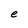
Character: e